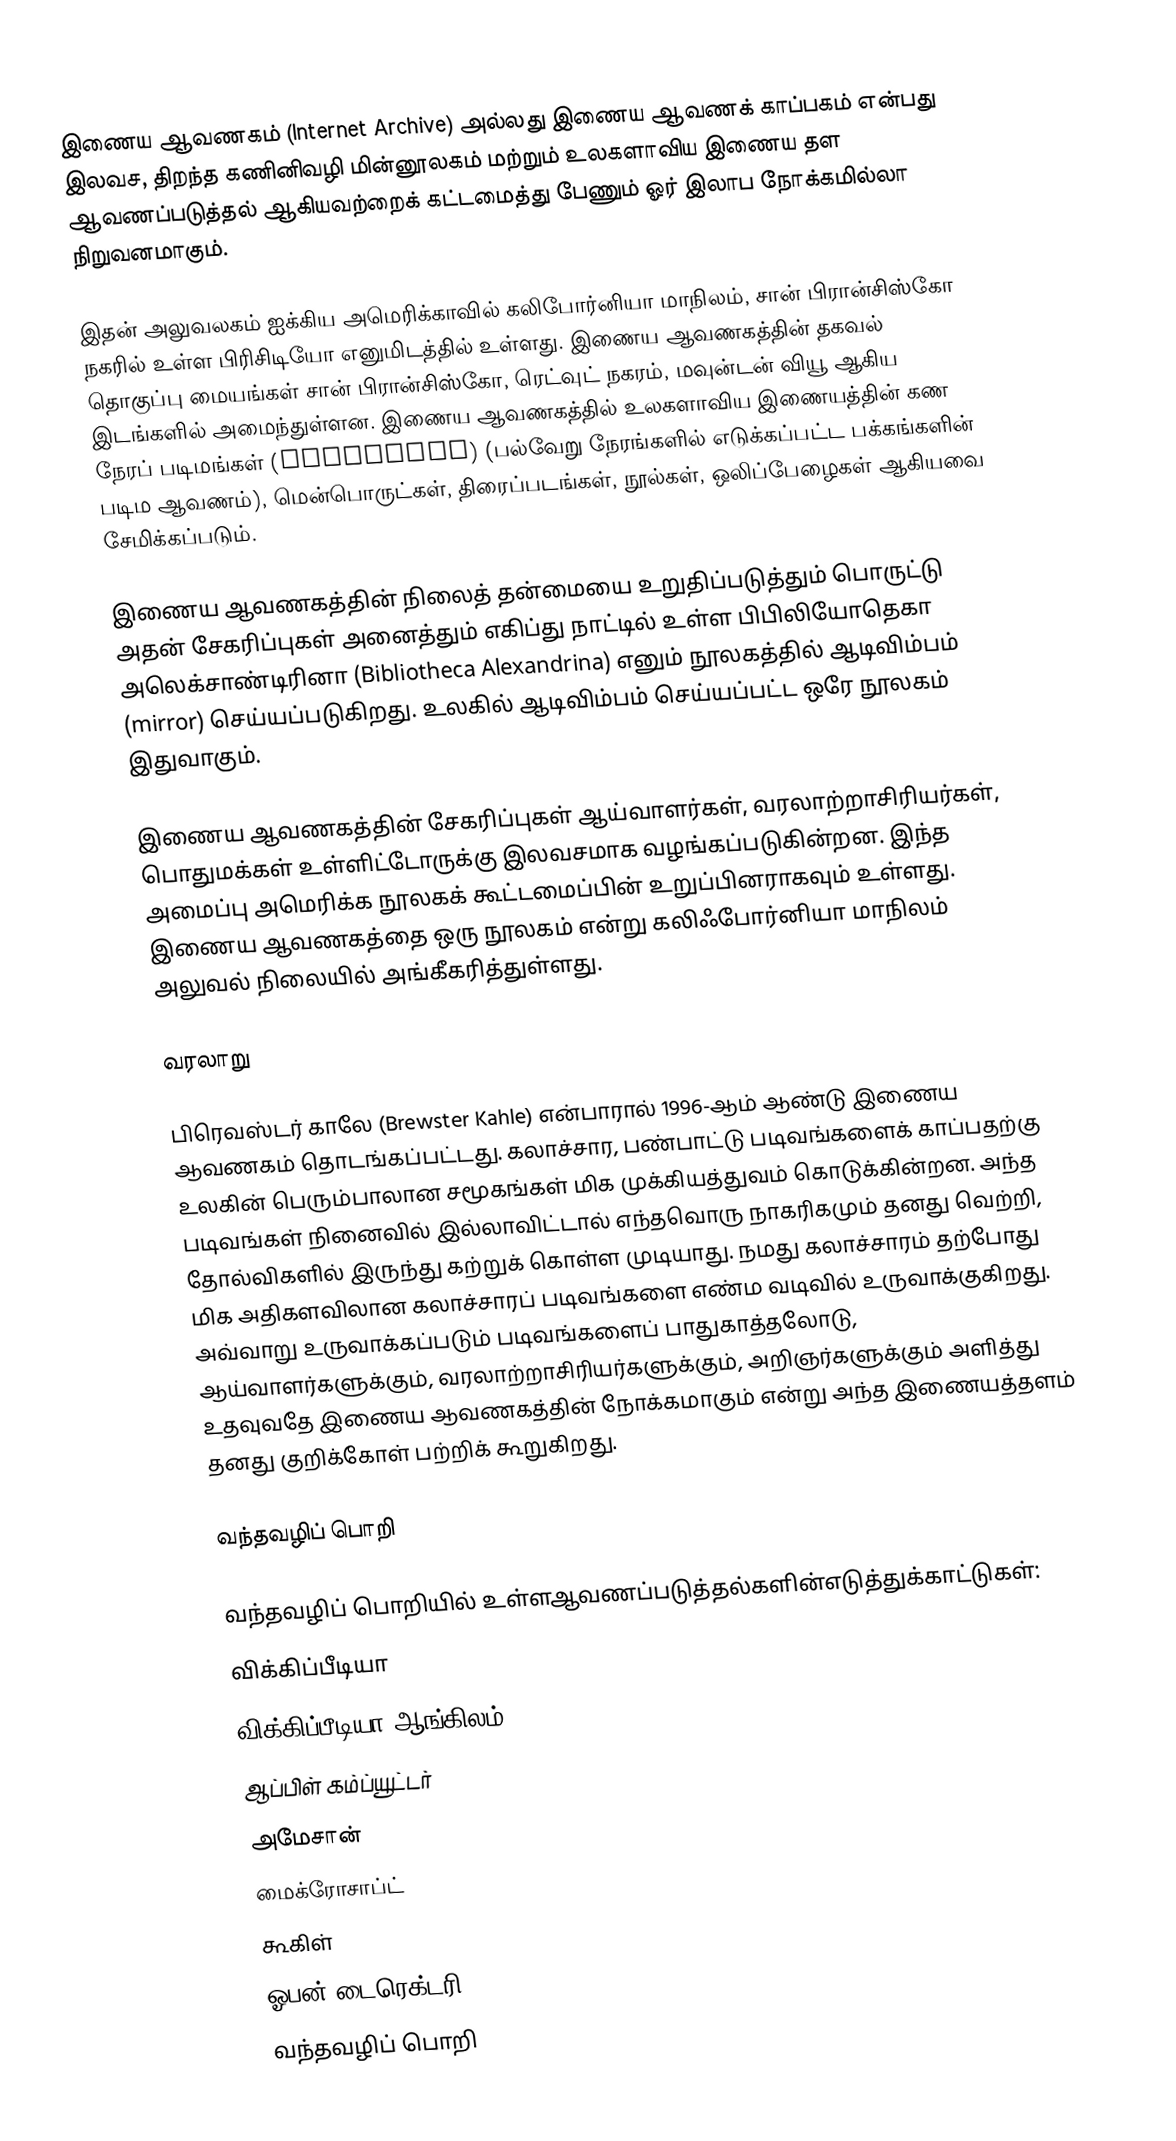
இணைய ஆவணகம் (Internet Archive) அல்லது இணைய ஆவணக் காப்பகம் என்பது இலவச, திறந்த கணினிவழி மின்னூலகம் மற்றும் உலகளாவிய இணைய தள ஆவணப்படுத்தல் ஆகியவற்றைக் கட்டமைத்து பேணும் ஓர் இலாப நோக்கமில்லா நிறுவனமாகும்.

இதன் அலுவலகம் ஐக்கிய அமெரிக்காவில் கலிபோர்னியா மாநிலம், சான் பிரான்சிஸ்கோ நகரில் உள்ள பிரிசிடியோ எனுமிடத்தில் உள்ளது. இணைய ஆவணகத்தின் தகவல் தொகுப்பு மையங்கள் சான் பிரான்சிஸ்கோ, ரெட்வுட் நகரம், மவுன்டன் வியூ ஆகிய இடங்களில் அமைந்துள்ளன. இணைய ஆவணகத்தில் உலகளாவிய இணையத்தின் கண நேரப் படிமங்கள் (Snapshots) (பல்வேறு நேரங்களில் எடுக்கப்பட்ட பக்கங்களின் படிம ஆவணம்), மென்பொருட்கள், திரைப்படங்கள், நூல்கள், ஒலிப்பேழைகள் ஆகியவை சேமிக்கப்படும்.

இணைய ஆவணகத்தின் நிலைத் தன்மையை உறுதிப்படுத்தும் பொருட்டு அதன் சேகரிப்புகள் அனைத்தும் எகிப்து நாட்டில் உள்ள பிபிலியோதெகா அலெக்சாண்டிரினா (Bibliotheca Alexandrina) எனும் நூலகத்தில் ஆடிவிம்பம் (mirror)  செய்யப்படுகிறது. உலகில் ஆடிவிம்பம் செய்யப்பட்ட ஒரே நூலகம் இதுவாகும்.

இணைய ஆவணகத்தின் சேகரிப்புகள் ஆய்வாளர்கள், வரலாற்றாசிரியர்கள், பொதுமக்கள் உள்ளிட்டோருக்கு இலவசமாக வழங்கப்படுகின்றன. இந்த அமைப்பு அமெரிக்க நூலகக் கூட்டமைப்பின் உறுப்பினராகவும் உள்ளது. இணைய ஆவணகத்தை ஒரு நூலகம் என்று கலிஃபோர்னியா மாநிலம் அலுவல் நிலையில் அங்கீகரித்துள்ளது.

வரலாறு

பிரெவஸ்டர் காலே (Brewster Kahle) என்பாரால் 1996-ஆம் ஆண்டு இணைய ஆவணகம் தொடங்கப்பட்டது.  கலாச்சார, பண்பாட்டு படிவங்களைக் காப்பதற்கு உலகின் பெரும்பாலான சமூகங்கள் மிக முக்கியத்துவம் கொடுக்கின்றன. அந்த படிவங்கள் நினைவில் இல்லாவிட்டால் எந்தவொரு நாகரிகமும் தனது வெற்றி, தோல்விகளில் இருந்து கற்றுக் கொள்ள முடியாது. நமது கலாச்சாரம் தற்போது மிக அதிகளவிலான கலாச்சாரப் படிவங்களை எண்ம வடிவில் உருவாக்குகிறது. அவ்வாறு உருவாக்கப்படும் படிவங்களைப் பாதுகாத்தலோடு, ஆய்வாளர்களுக்கும், வரலாற்றாசிரியர்களுக்கும், அறிஞர்களுக்கும் அளித்து உதவுவதே இணைய ஆவணகத்தின் நோக்கமாகும் என்று அந்த இணையத்தளம் தனது குறிக்கோள் பற்றிக் கூறுகிறது.

வந்தவழிப் பொறி

வந்தவழிப் பொறியில் உள்ளஆவணப்படுத்தல்களின்எடுத்துக்காட்டுகள்:
 விக்கிப்பீடியா
 விக்கிப்பீடியா-ஆங்கிலம்
 ஆப்பிள் கம்ப்யூட்டர்
 அமேசான்
 மைக்ரோசாப்ட்
 கூகிள்
 ஓபன் டைரெக்டரி
வந்தவழிப் பொறி